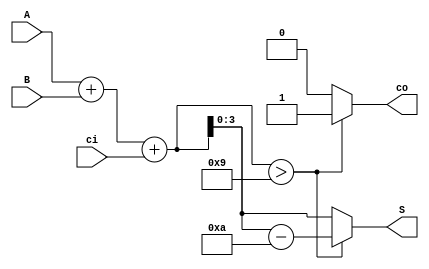
`timescale 1ns / 1ps
//////////////////////////////////////////////////////////////////////////////////
// Company: 
// Engineer: 
// 
// Design Name: 
// Module Name: decimal_adder
// Project Name: 
// Target Devices: 
// Tool Versions: 
// Description: 
// 
// Dependencies: 
// 
// Revision:
// Revision 0.01 - File Created
// Additional Comments:
// 
//////////////////////////////////////////////////////////////////////////////////


module decimal_adder(
    output [3:0]S,
    output reg co,
    input [3:0]A,
    input [3:0]B,
    input ci
    );
    
reg [4:0] mS_;
wire [4:0] mS;
assign mS = {1'b0,A} + {1'b0,B} + {4'b0,ci};
always @(A or B or ci)
begin 

    if(mS>9)
    begin
        co=1;
        mS_=mS-10;
    end
    else
    begin
        co=0;
        mS_=mS;
    end  
end  
assign S={mS_[3:0]};
endmodule